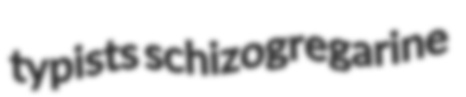
typists schizogregarine